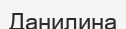
Данилина